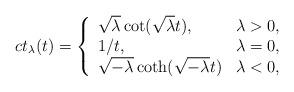
LaTeX: \begin{align*}ct_{\lambda}(t)=\left\{\begin{array}{lc} \sqrt{\lambda}\cot (\sqrt{\lambda}t), & \lambda>0, \\ 1/t, & \lambda=0,\\ \sqrt{-\lambda}\coth (\sqrt{-\lambda}t) & \lambda<0, \\ \end{array}\right.\end{align*}